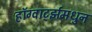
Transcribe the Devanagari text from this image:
हॉग्वार्ट्झमधुन